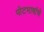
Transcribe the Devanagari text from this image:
पोटभाषांचे